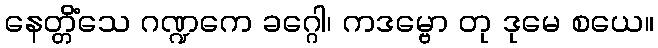
နေတ္တိံသေ ဂဏ္ဍကေ ခဂ္ဂေါ၊ ကဒမ္ဗော တု ဒုမေ စယေ။